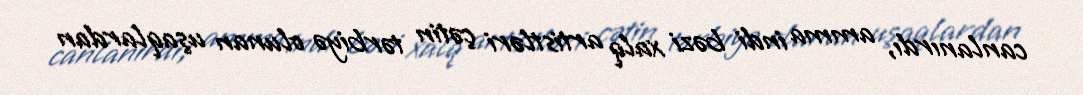
canlanırdı, amma indi bəzi xalq artistləri çətin tərbiyə olunan uşaqlardan